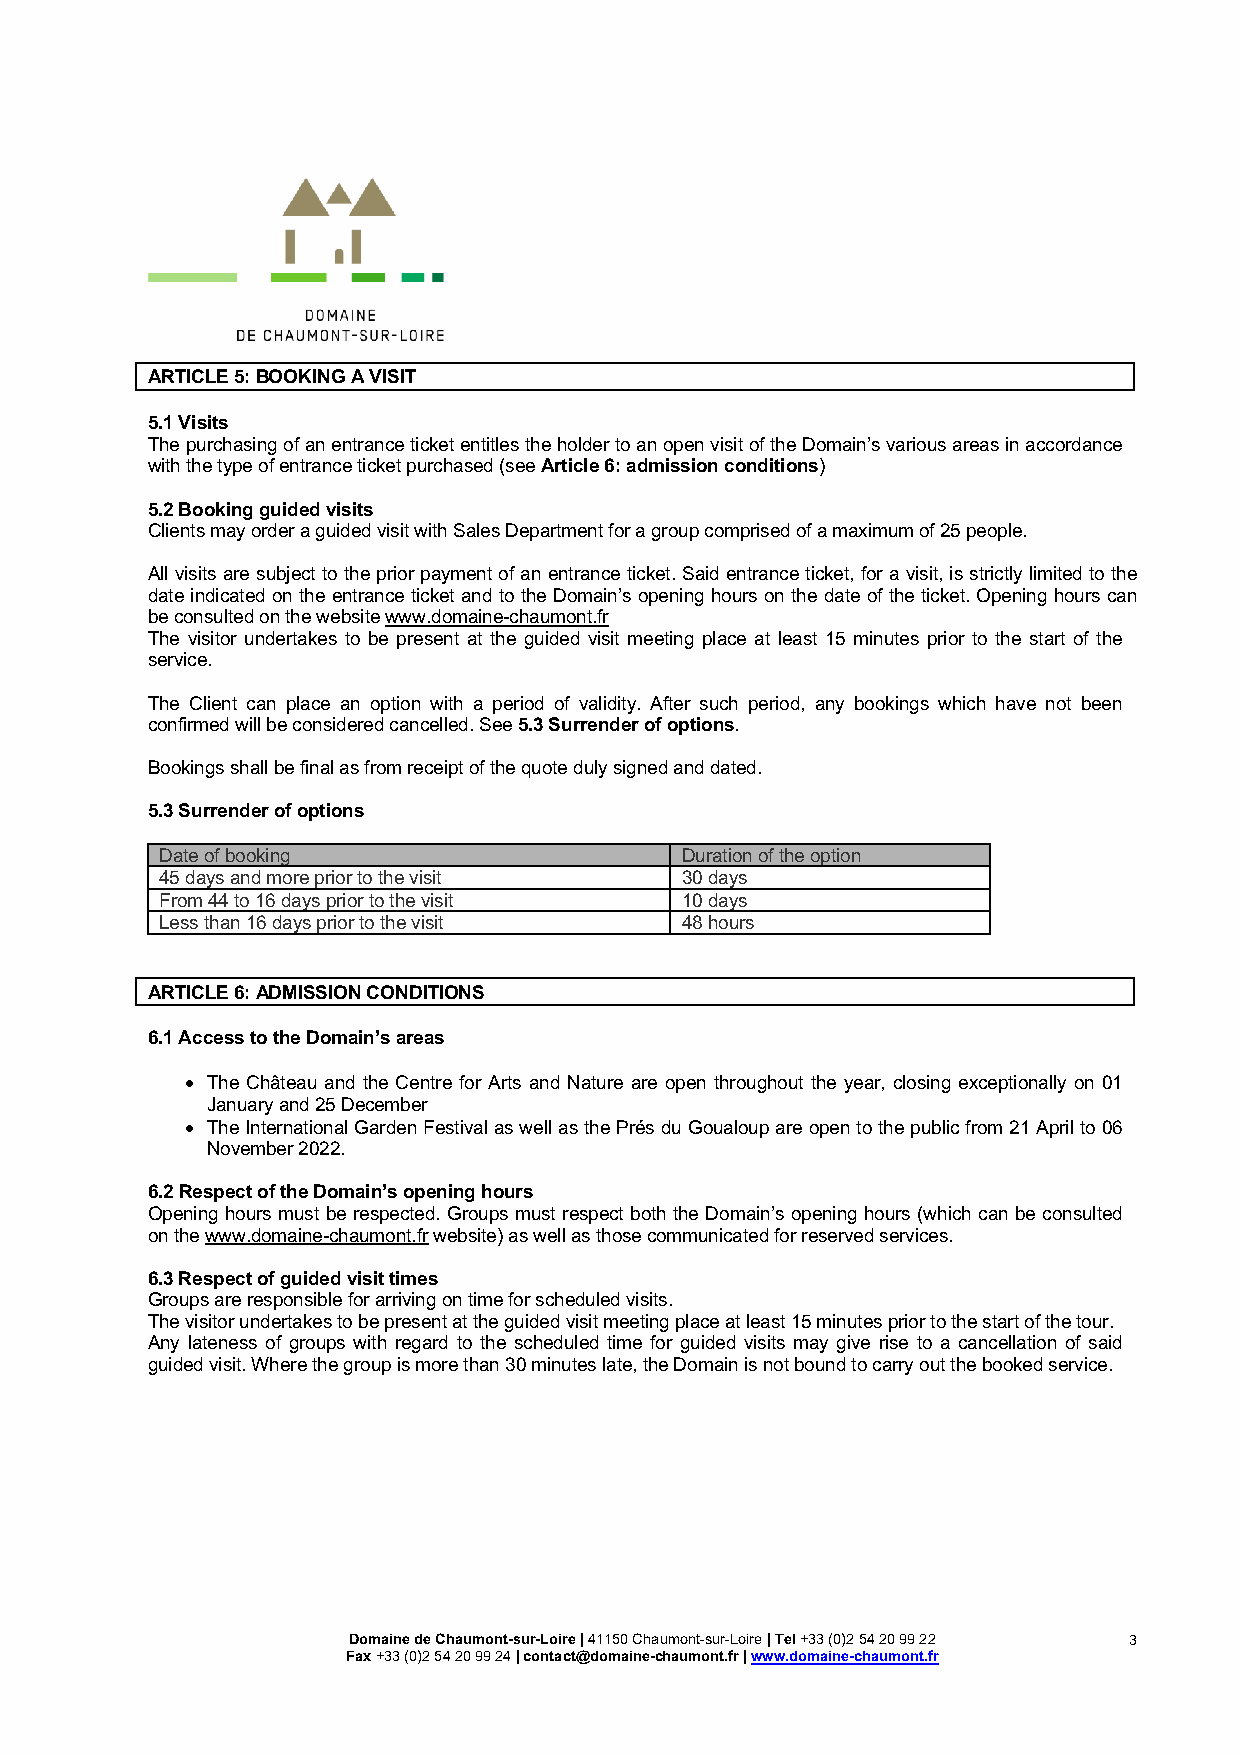
ARTICLE 5: BOOKING A VISIT
 5.1 Visits
 The purchasing of an entrance ticket entitles the holder to an open visit of the Domain’s various areas in accordance
 with the type of entrance ticket purchased (see Article 6: admission conditions)
 5.2 Booking guided visits
 Clients may order a guided visit with Sales Department for a group comprised of a maximum of 25 people.
 All visits are subject to the prior payment of an entrance ticket. Said entrance ticket, for a visit, is strictly limited to the
 date indicated on the entrance ticket and to the Domain’s opening hours on the date of the ticket. Opening hours can
 be consulted on the website www.domaine-chaumont.fr
 The visitor undertakes to be present at the guided visit meeting place at least 15 minutes prior to the start of the
 service.
 The Client can place an option with a period of validity. After such period, any bookings which have not been
 confirmed will be considered cancelled. See 5.3 Surrender of options.
 Bookings shall be final as from receipt of the quote duly signed and dated.
 5.3 Surrender of options
 Date of booking                   Duration of the option
 45 days and more prior to the visit 30 days
 From 44 to 16 days prior to the visit 10 days
 Less than 16 days prior to the visit 48 hours
 ARTICLE 6: ADMISSION CONDITIONS
 6.1 Access to the Domain’s areas
 • The Château and the Centre for Arts and Nature are open throughout the year, closing exceptionally on 01
 January and 25 December
 • The International Garden Festival as well as the Prés du Goualoup are open to the public from 21 April to 06
 November 2022.
 6.2 Respect of the Domain’s opening hours
 Opening hours must be respected. Groups must respect both the Domain’s opening hours (which can be consulted
 on the www.domaine-chaumont.fr website) as well as those communicated for reserved services.
 6.3 Respect of guided visit times
 Groups are responsible for arriving on time for scheduled visits.
 The visitor undertakes to be present at the guided visit meeting place at least 15 minutes prior to the start of the tour.
 Any lateness of groups with regard to the scheduled time for guided visits may give rise to a cancellation of said
 guided visit. Where the group is more than 30 minutes late, the Domain is not bound to carry out the booked service.
 Domaine de Chaumont-sur-Loire | 41150 Chaumont-sur-Loire | Tel +33 (0)2 54 20 99 22 3
 Fax +33 (0)2 54 20 99 24 | contact@domaine-chaumont.fr | www.domaine-chaumont.fr